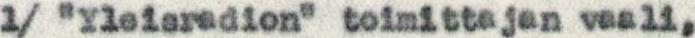
1/ "Yleisradion" toimittajan vaali,